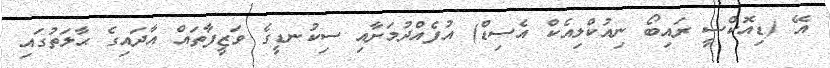
އޭ (ޑިއޮކްސީ ރައިބޯ ނިއުކްލިއެކް އެސިޑް) އުފެއްދުމަށާއި ސިކުނޑީގެ ވަޒީފާތައް އާދައިގެ ޙާލަތުގައި